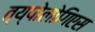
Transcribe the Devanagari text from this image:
त्य्पोलोगिएस